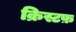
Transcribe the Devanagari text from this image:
क्रिस्टफ़